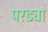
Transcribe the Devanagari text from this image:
परड्या